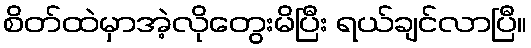
စိတ်ထဲမှာအဲ့လိုတွေးမိပြီး ရယ်ချင်လာပြီ။